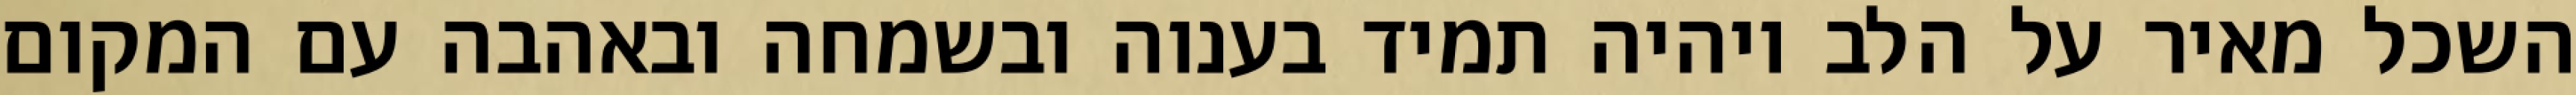
השכל מאיר על הלב ויהיה תמיד בענוה ובשמחה ובאהבה עם המקום